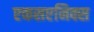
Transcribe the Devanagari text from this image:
एकसएनिक्स